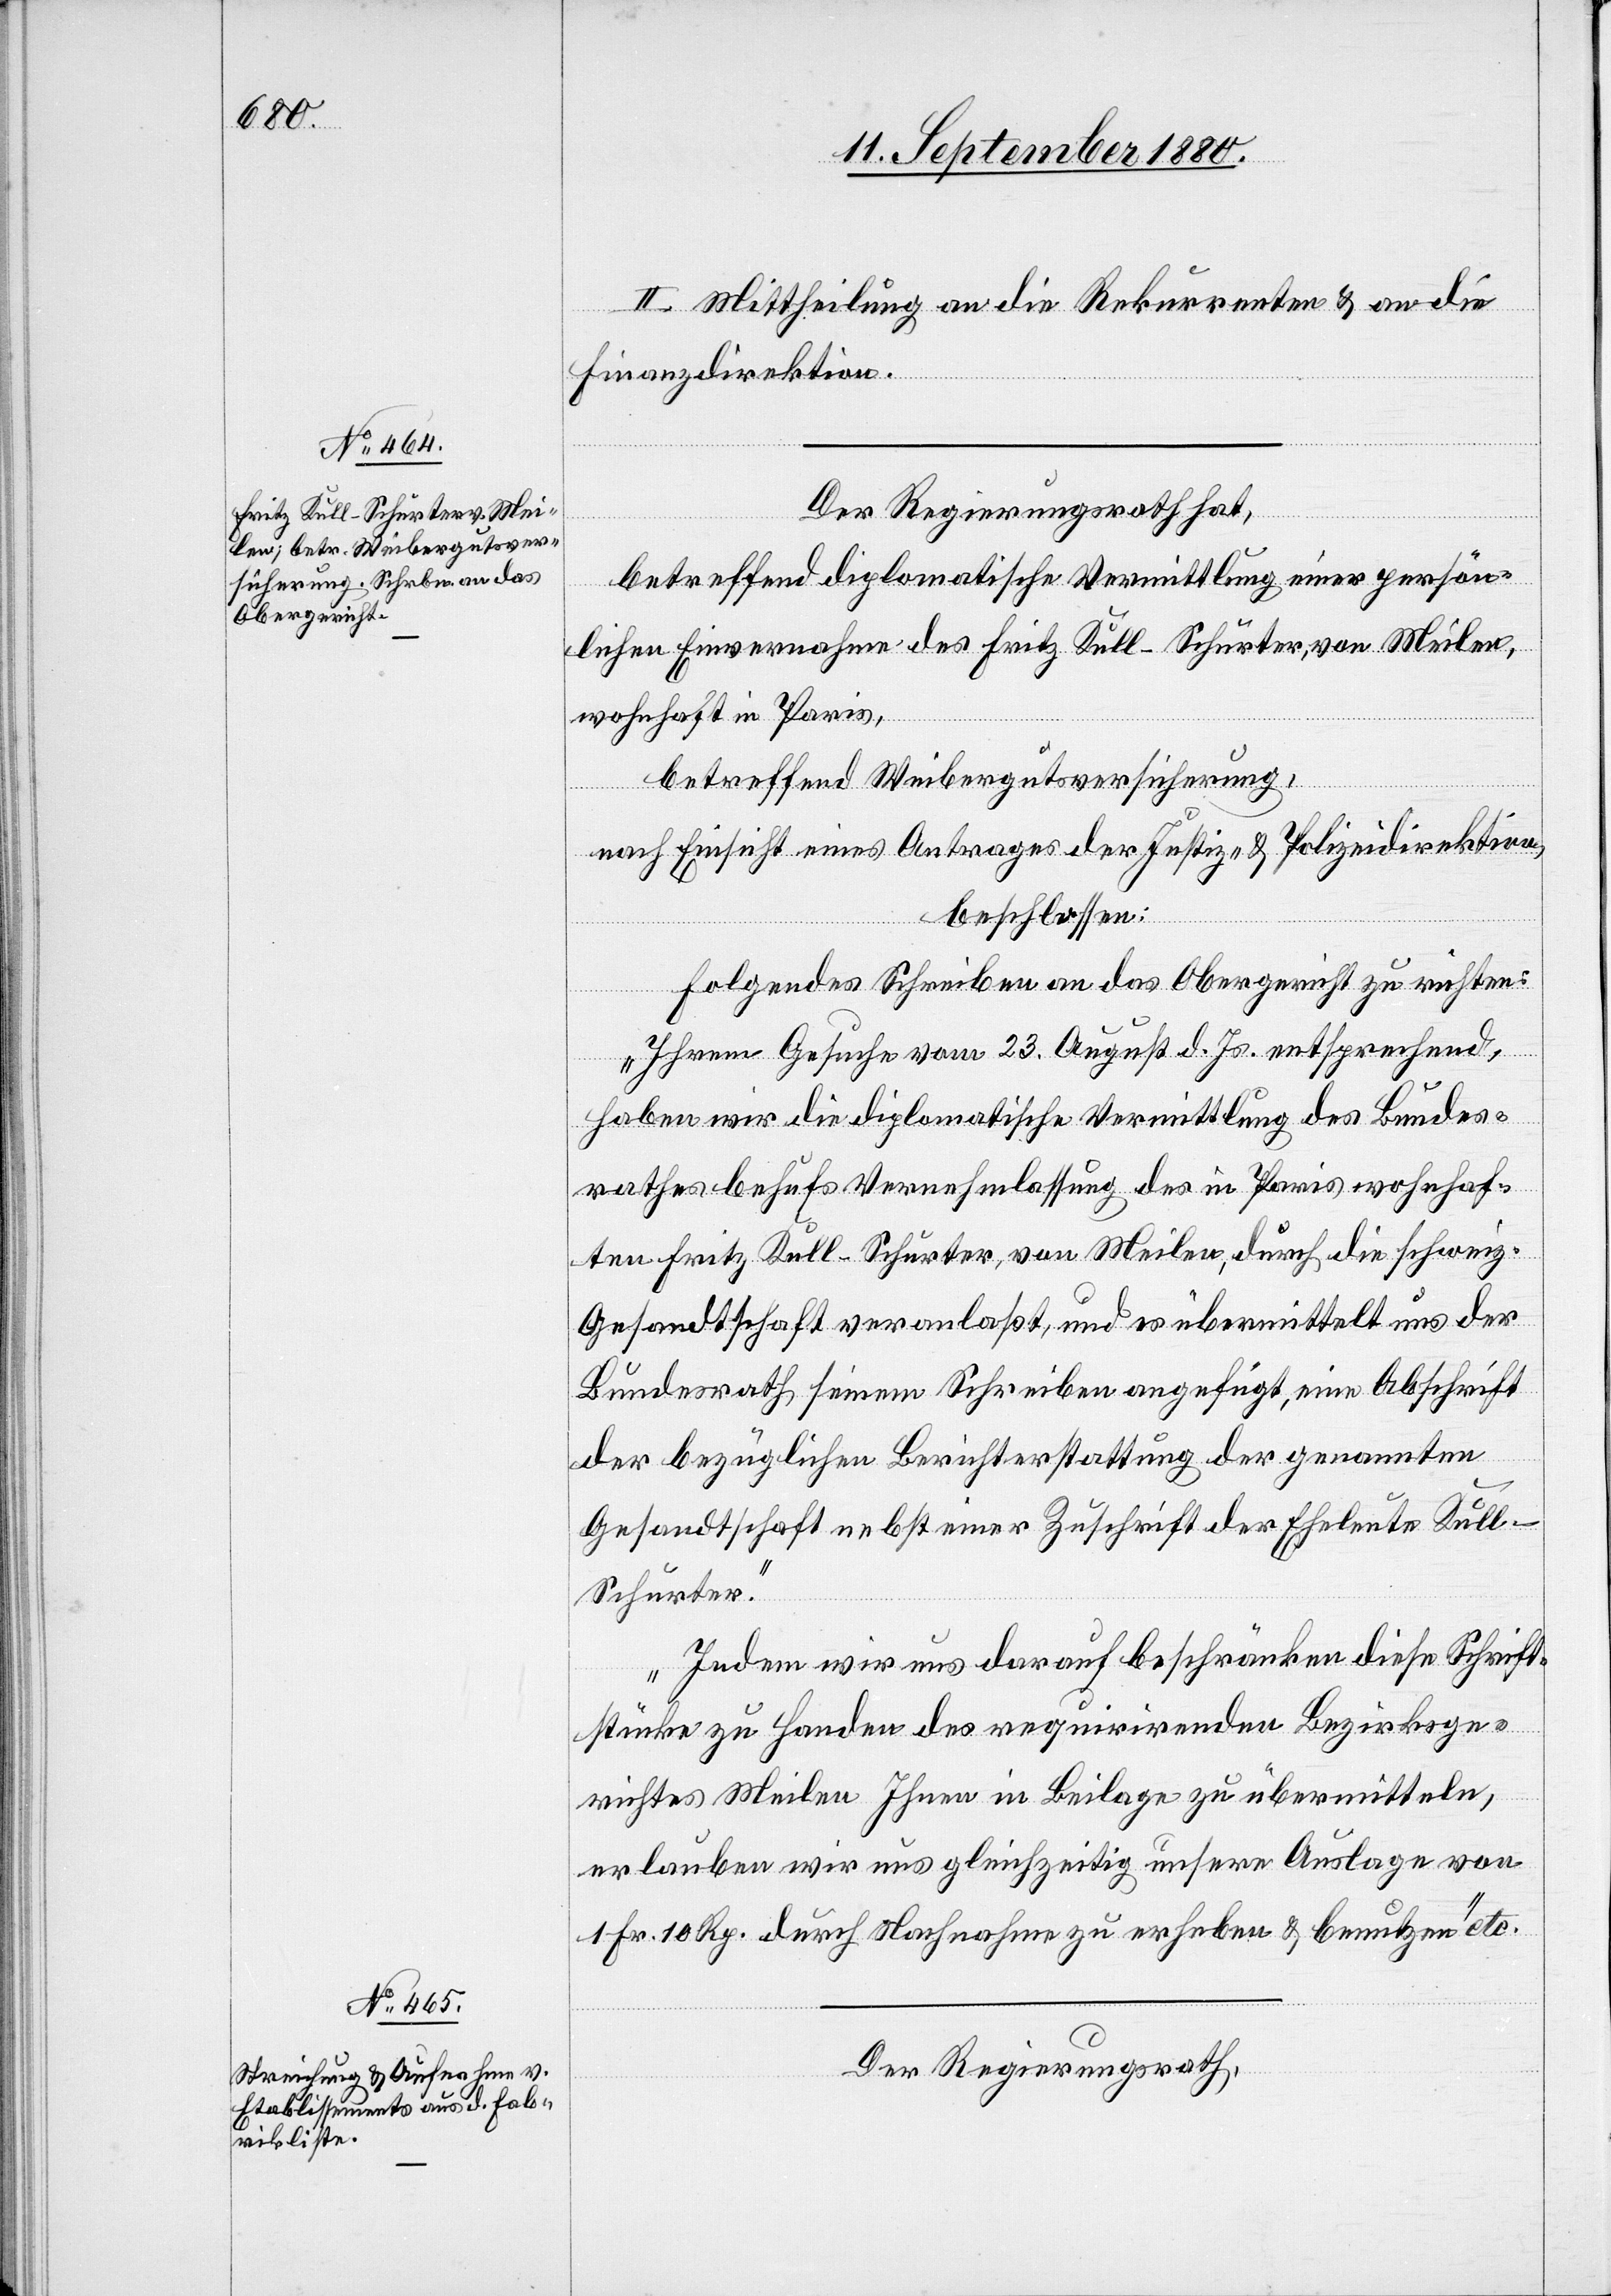
II. Mittheilung an die Rekurrenten & an die
Finanzdirektion.
Der Regierungsrath hat,
betreffend diplomatische Vermittlung einer persön¬
lichen Einvernahme des Fritz Kull-Schurter, von Meilen,
wohnhaft in Paris,
nach Einsicht eines Antrages der Justiz- & Polizeidirektion,
beschlossen:
Folgendes Schreiben an das Obergericht zu richten:
„Ihrem Gesuche vom 23. August d. Js. entsprechend,
haben wir die diplomatische Vermittlung des Bundes¬
rathes behufs Vernehmlassung des in Paris wohnhaf¬
ten Fritz Kull-Schurter, von Meilen, durch die schweiz.
Gesandtschaft veranlaßt, und es übermittelt uns der
Bundesrath seinem Schreiben angefügt, eine Abschrift
der bezüglichen Berichterstattung der genannten
Gesandtschaft nebst einer Zuschrift der Eheleute Kul¬
l-Schurter.
Indem wir uns darauf beschränken diese Schrift¬
stücke zu Handen des requirirenden Bezirksge¬
richtes Meilen Ihnen in Beilage zu übermitteln,
erlauben wir uns gleichzeitig unsere Auslage von
1 Fr. 10 Rp. durch Nachnahme zu erheben & benutzen“ etc.
Der Regierungsrath,